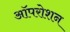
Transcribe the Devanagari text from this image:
ऑपरोशन